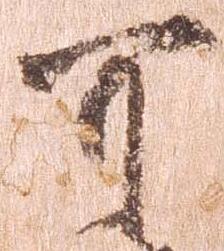
可